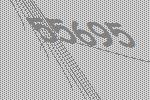
55695